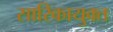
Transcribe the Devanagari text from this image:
सारिकायुक्त